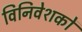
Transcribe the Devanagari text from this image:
विनिवेशकों